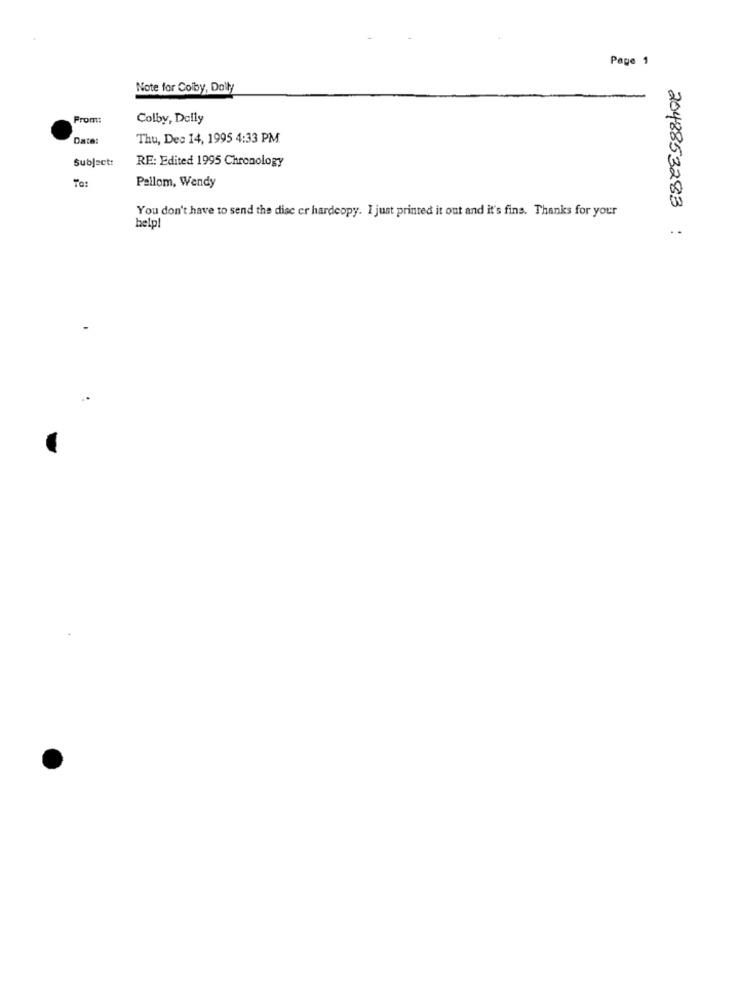
Page 1
Note for Colby, Dolly
From:
Colby, Delly
Date:
Thu, Dec 14, 1995 4:33 PM
Subject:
RE: Edited 1995 Chronology
To:
Pallom, Wendy
You don't have to send the disc er hardcopy. I just printed it out and it's fins. Thanks for your
help!
2048853283 :